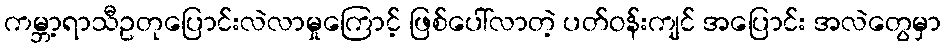
ကမ္ဘာ့ရာသီဥတုပြောင်းလဲလာမှုကြောင့် ဖြစ်ပေါ်လာတဲ့ ပတ်ဝန်းကျင် အပြောင်း အလဲတွေမှာ